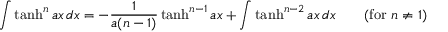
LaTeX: \int \operatorname { t a n h } ^ { n } a x \, d x = - { \frac { 1 } { a ( n - 1 ) } } \operatorname { t a n h } ^ { n - 1 } a x + \int \operatorname { t a n h } ^ { n - 2 } a x \, d x \qquad { \mathrm { ( f o r ~ } } n \neq 1 { \mathrm { ) } }